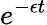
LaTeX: e^{-\epsilon t}